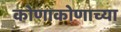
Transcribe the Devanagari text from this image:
कोणाकोणाच्या